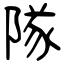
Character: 隊